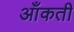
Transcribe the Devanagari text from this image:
आँकती